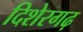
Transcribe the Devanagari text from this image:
दिशेरगढ़